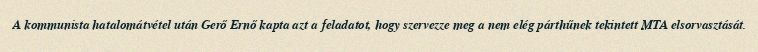
A kommunista hatalomátvétel után Gerő Ernő kapta azt a feladatot, hogy szervezze meg a nem elég párthűnek tekintett MTA elsorvasztását.